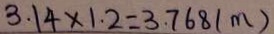
3 . 1 4 \times 1 . 2 = 3 . 7 6 8 ( m )